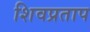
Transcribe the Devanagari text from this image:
शिवप्रताप